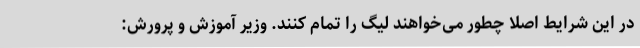
در این شرایط اصلا چطور می‌خواهند لیگ را تمام کنند. وزیر آموزش و پرورش: